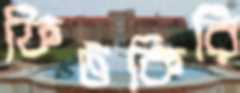
ফিটকিরি